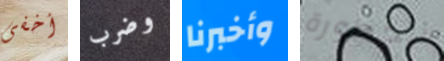
أخفى وضرب وأخبرنا الخطورة